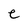
Character: e